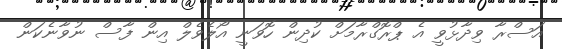
އަސްރާ ވިދާޅުވީ އެ ޕްރޮގްރާމަށް ކުދިން ހޮވަނީ އޯލެވެލް އިން ފާސް ނުވާނެކަން